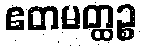
ဧတမတ္ထဉ္စ